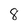
Character: 8